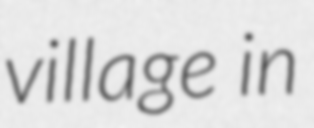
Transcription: village in